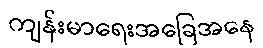
ကျန်းမာရေးအခြေအနေ